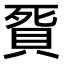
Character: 𧵲